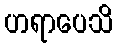
ဟရာပေသိ